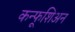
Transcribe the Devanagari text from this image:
कन्फूशिअन